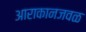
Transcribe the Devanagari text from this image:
आराकानजवळ